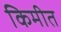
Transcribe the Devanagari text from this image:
किमीत